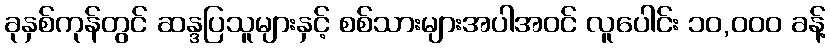
ခုနှစ်ကုန်တွင် ဆန္ဒပြသူများနှင့် စစ်သားများအပါအဝင် လူပေါင်း ၁၀,၀၀၀ ခန့်